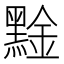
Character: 𪑙